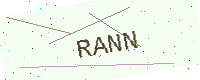
Text: RANN